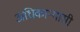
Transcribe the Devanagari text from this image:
अधिकार्‍यासी